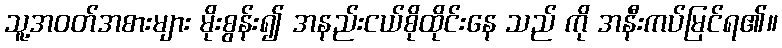
သူ့အဝတ်အစားများ မိုးစွန်း၍ အနည်းငယ်စိုထိုင်းနေ သည် ကို အနီးကပ်မြင်ရ၏။